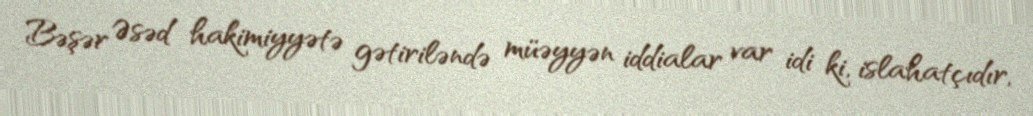
Bəşər Əsəd hakimiyyətə gətiriləndə müəyyən iddialar var idi ki, islahatçıdır,